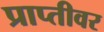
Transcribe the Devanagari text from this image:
प्राप्तीवर